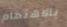
بالاهتمام